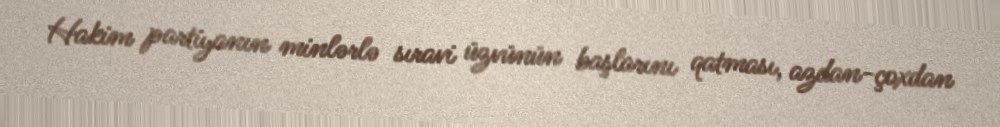
Hakim partiyanın minlərlə sıravi üzvünün başlarını qatması, azdan-çoxdan